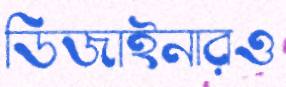
ডিজাইনারও